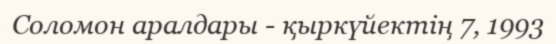
Соломон аралдары - қыркүйектің 7, 1993